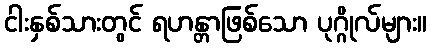
ငါးနှစ်သားတွင် ရဟန္တာဖြစ်သော ပုဂ္ဂိုလ်များ။